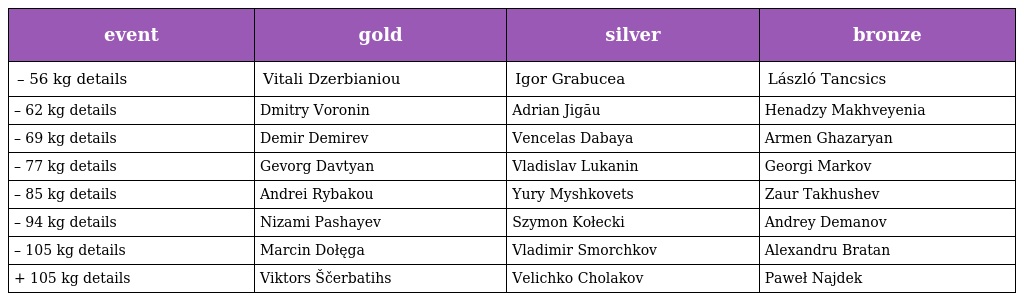
| event | gold | silver | bronze |
 | --- | --- | --- | --- |
 | – 56 kg details | Vitali Dzerbianiou | Igor Grabucea | László Tancsics |
 | – 62 kg details | Dmitry Voronin | Adrian Jigău | Henadzy Makhveyenia |
 | – 69 kg details | Demir Demirev | Vencelas Dabaya | Armen Ghazaryan |
 | – 77 kg details | Gevorg Davtyan | Vladislav Lukanin | Georgi Markov |
 | – 85 kg details | Andrei Rybakou | Yury Myshkovets | Zaur Takhushev |
 | – 94 kg details | Nizami Pashayev | Szymon Kołecki | Andrey Demanov |
 | – 105 kg details | Marcin Dołęga | Vladimir Smorchkov | Alexandru Bratan |
 | + 105 kg details | Viktors Ščerbatihs | Velichko Cholakov | Paweł Najdek |